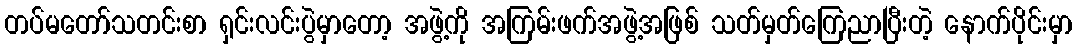
တပ်မတော်သတင်းစာ ရှင်းလင်းပွဲမှာတော့ အဖွဲ့ကို အကြမ်းဖက်အဖွဲ့အဖြစ် သတ်မှတ်ကြေညာပြီးတဲ့ နောက်ပိုင်းမှာ